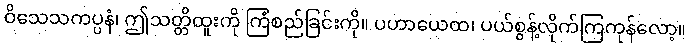
ဝိသေသကပ္ပနံ၊ ဤသတ္တိထူးကို ကြံစည်ခြင်းကို။ ပဟာယေထ၊ ပယ်စွန့်လိုက်ကြကုန်လော့။